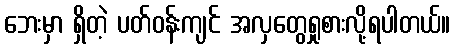
ဘေးမှာ ရှိတဲ့ ပတ်ဝန်းကျင် အလှတွေရှုစားလို့ရပါတယ်။